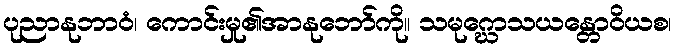
ပုညာနုဘာဝံ၊ ကောင်းမှု၏အာနုဘော်ကို။ သမုဂ္ဃောသယန္တောဝိယစ၊